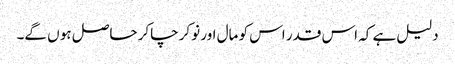
دلیل ہے کہ اس قدر اس کو مال اور نوکر چاکر حاصل ہو ں گے۔